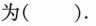
为（）.